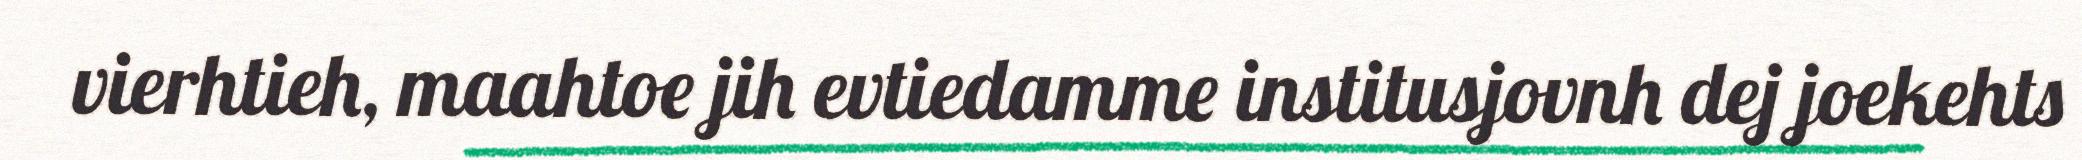
vierhtieh, maahtoe jih evtiedamme institusjovnh dej joekehts